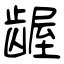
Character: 龌